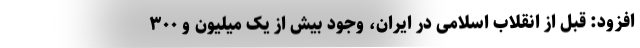
افزود: قبل از انقلاب اسلامی در ایران، وجود بیش از یک میلیون و ۳۰۰